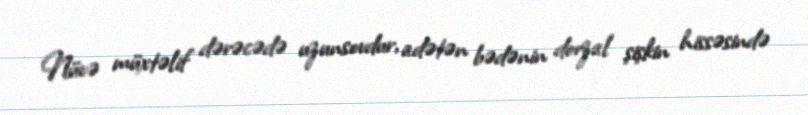
Nüvə müxtəlif dərəcədə uzunsovdur, adətən bədənin dorzal şişkin hissəsində